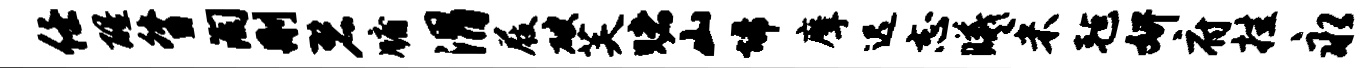
任醒督淘删碧牖渭屐破芙赌山埽摩迟志曦米毡妍府挂永